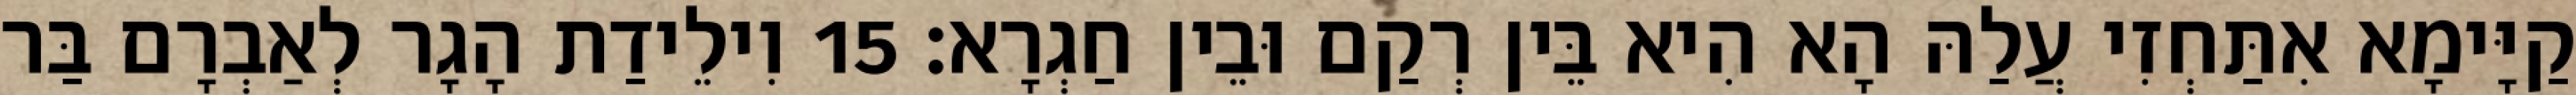
קַיָּימָא אִתַּחְזִי עֲלַהּ הָא הִיא בֵּין רְקַם וּבֵין חַגְרָא׃ 15 וִילֵידַת הָגָר לְאַבְרָם בַּר